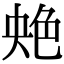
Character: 䒋